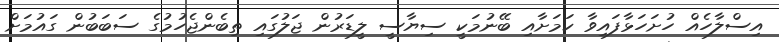
އިސްލާހެއް ހުށަހަޅާފައިވާ ކަމަށާއި ބޭނުމަކީ ސިޔާސީ ލީޑަރުން ޖަލުގައި ތިބެންޖެހުމުގެ ސަބަބުން ގައުމަށް